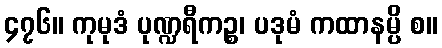
၄၇၆။ ကုမုဒံ ပုဏ္ဍရီကဉ္စ၊ ပဒုမံ ကထာနမ္ပိ စ။